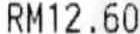
RM12.60